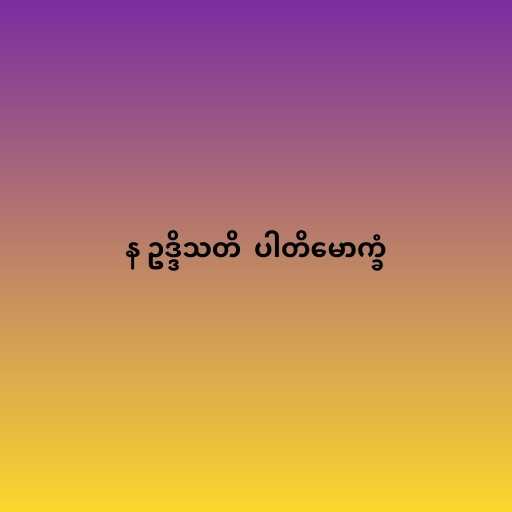
န ဥဒ္ဒိသတိ  ပါတိမောက္ခံ